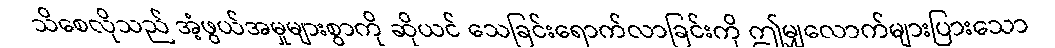
သိစေလိုသည် အံ့ဖွယ်အမှုများစွာကို ဆိုယင် သေခြင်းရောက်လာခြင်းကို ဤမျှလောက်များပြားသော